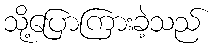
သို့ပြောကြားခဲ့သည်